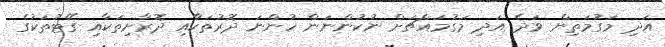
އަދި މަގުމަތިން ވަދެ އަދި މަގުމައްޗަށް ނުކުންނަން ހުންނަ ދޮރުތަކާއި ދޮރާށިތަކާއި ގޭޓުތަކުގެ